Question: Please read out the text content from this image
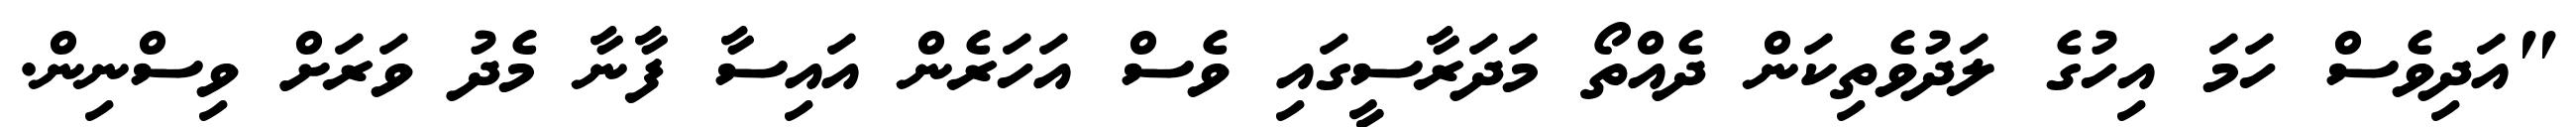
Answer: "އަދިވެސް ހަމަ އިހުގެ ލަދުވެތިކަން ދެއްތޯ މަދަރާސީގައި ވެސް އަހަރެން އައިސާ ފާނާ މެދު ވަރަށް ވިސްނިން.